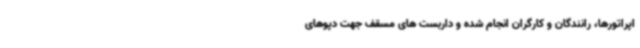
اپراتورها، رانندگان و کارگران انجام شده و داربست های مسقف جهت دپوهای